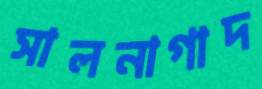
সালনাগাদ